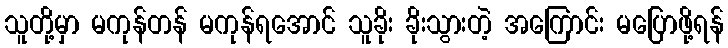
သူတို့မှာ မကုန်တန် မကုန်ရအောင် သူခိုး ခိုးသွားတဲ့ အကြောင်း မပြောဖို့ရန်